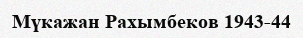
Мүкажан Рахымбеков 1943-44